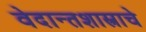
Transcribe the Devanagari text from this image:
वेदान्तशास्त्राचे